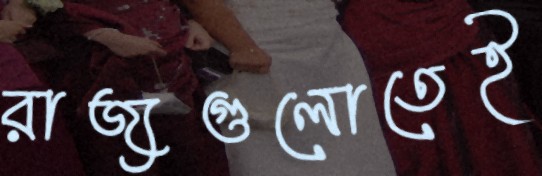
রাজ্যগুলোতেই